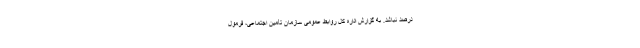
درصد نباشد. به گزارش اداره کل روابط عمومی سازمان تأمین اجتماعی، فرمول